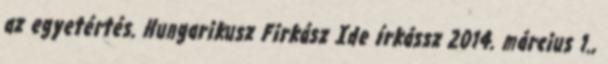
az egyetértés. Hungarikusz Firkász Ide írkássz 2014. március 1.,